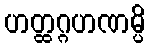
ဟတ္ထဂ္ဂဟဏမ္ပိ